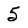
Character: 5